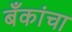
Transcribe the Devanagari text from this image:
बँकांचा